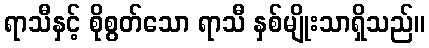
ရာသီနှင့် စိုစွတ်သော ရာသီ နှစ်မျိုးသာရှိသည်။